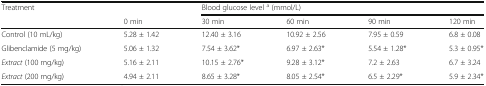
<table><thead><tr><td rowspan="2"><b>Treatment</b></td><td></td><td colspan="4"><b>Blood glucose level <sup>a</sup> (mmol/L)</b></td></tr><tr><td><b>0 min</b></td><td><b>30 min</b></td><td><b>60 min</b></td><td><b>90 min</b></td><td><b>120 min</b></td></tr></thead><tbody><tr><td>Control (10 mL/kg)</td><td>5.28 ± 1.42</td><td>12.40 ± 3.16</td><td>10.92 ± 2.56</td><td>7.95 ± 0.59</td><td>6.8 ± 0.08</td></tr><tr><td>Glibenclamide (5 mg/kg)</td><td>5.06 ± 1.32</td><td>7.54 ± 3.62*</td><td>6.97 ± 2.63*</td><td>5.54 ± 1.28*</td><td>5.3 ± 0.95*</td></tr><tr><td><i>Extract</i> (100 mg/kg)</td><td>5.16 ± 2.11</td><td>10.15 ± 2.76*</td><td>9.28 ± 3.12*</td><td>7.2 ± 2.63</td><td>6.7 ± 3.24</td></tr><tr><td><i>Extract</i> (200 mg/kg)</td><td>4.94 ± 2.11</td><td>8.65 ± 3.28*</td><td>8.05 ± 2.54*</td><td>6.5 ± 2.29*</td><td>5.9 ± 2.34*</td></tr></tbody></table>